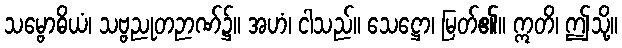
သမ္ဗောဓိယံ၊ သဗ္ဗညုတဉာဏ်၌။ အဟံ၊ ငါသည်။ သေဋ္ဌော၊ မြတ်၏။ ဣတိ၊ ဤသို့။